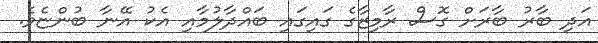
އަދި ބާރު ބާރަށް ގޮސް ރާމިޒާގެ ގައިގައި ބައްދާލުމާއި އެކު އޭނާ ބުންޏެވެ.